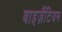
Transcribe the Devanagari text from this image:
बाइज़ैंटियम